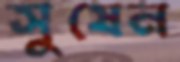
সুষেন